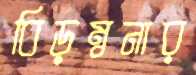
বিড়ম্বনার